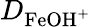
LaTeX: D_{\mathrm{FeOH}^{+}}